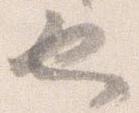
也